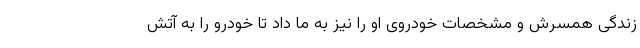
زندگی همسرش و مشخصات خودروی او را نیز به ما داد تا خودرو را به آتش